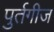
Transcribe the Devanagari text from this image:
पुर्तगीज